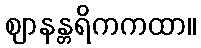
ဈာနန္တရိကကထာ။